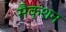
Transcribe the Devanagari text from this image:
सैक्‍शन